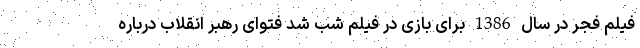
فیلم فجر در سال 1386 برای بازی در فیلم شب شد فتوای رهبر انقلاب درباره